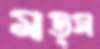
মড্স